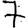
Digit: 7